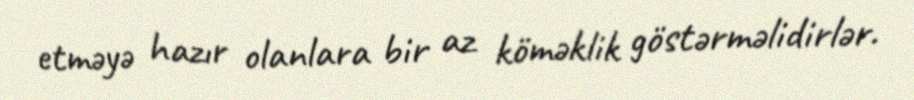
etməyə hazır olanlara bir az köməklik göstərməlidirlər.